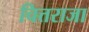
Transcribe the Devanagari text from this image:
चित्तराजा